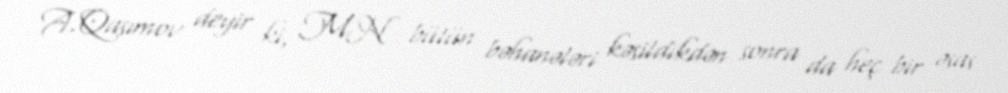
A.Qasımov deyir ki, MN bütün bəhanələri kəsildikdən sonra da heç bir əsas